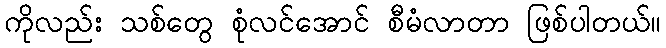
ကိုလည်း သစ်တွေ စုံလင်အောင် စီမံလာတာ ဖြစ်ပါတယ်။